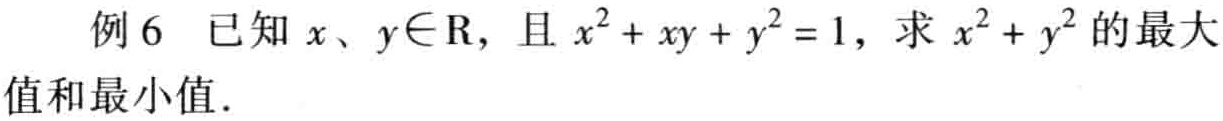
例6 已知$x、y\in\mathrm{R}$，且$x^{2}+xy + y^{2}=1$，求$x^{2}+y^{2}$的最大值和最小值．